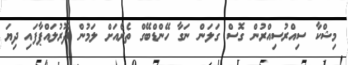
މިޝްކާ ސިއްރުސިއްރުން ގޮސް ގަލަން ނަގާ ހޭންޑްބޭގް ތެރެއަށް ލަމުން ދޮރުލައްޕާފައި ދިޔަ